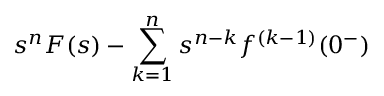
s ^ { n } F ( s ) - \sum _ { k = 1 } ^ { n } s ^ { n - k } f ^ { ( k - 1 ) } ( 0 ^ { - } )